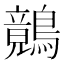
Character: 𪅑